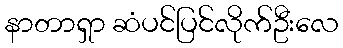
နာတာရှာ ဆံပင်ပြင်လိုက်ဦးလေ